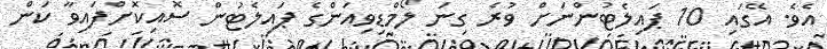
އެވެ. އޭގައި 10 ޕައިލެޓުންނަށް ވުރެ ގިނަ ލޯމްޑިވިއަންގެ ޕައިލެޓުން ސޮއިކޮށްފައިވާ ކަން